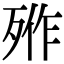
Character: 𣨐